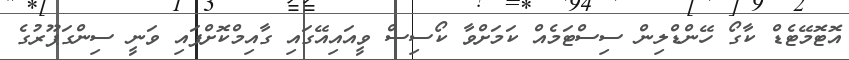
އޮޓޮމޭޓެޑް ކާގޯ ހޭންޑްލިން ސިސްޓަމެއް ކަމަށްވާ ކޯސިސް ވީއައިއޭގައި ގާއިމްކޮށްފައި ވަނީ ސިންގަޕޫރުގެ